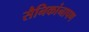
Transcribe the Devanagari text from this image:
सैनिकांनापण